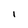
Character: I